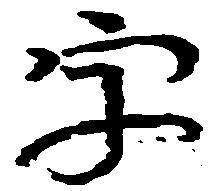
字